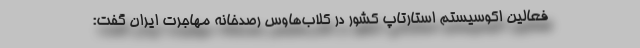
فعالین اكوسیستم استارتاپ كشور در كلاب‌هاوس رصدخانه مهاجرت ایران گفت: